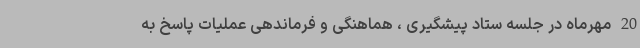
20 مهرماه در جلسه ستاد پیشگیری ، هماهنگی و فرماندهی عملیات پاسخ به